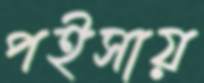
পইসায়